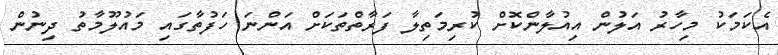
އެކަމަކު މިހާރު އަލުން އިއުލާންކޮށް ކުރިމަތިލާ ފަރާތްތަކަށް އަންނަ ހަފުތާގައި މައުލޫމާތު ދިނުން